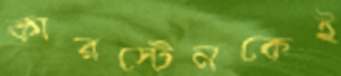
কারস্টেনকেই